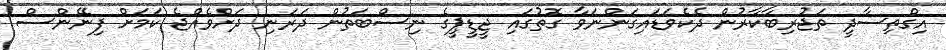
އިގްތިސާދީ ތަޖުރިބާކާރުން ދެކެވަޑައިގަންނަވާ ގޮތުގައި ޖީޑީޕީގެ ނިސްބަތުން ދަރަނި ދަށްވެއްޖެ ކަމަށް ފިނޭންސް